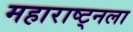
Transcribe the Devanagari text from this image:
महाराष्ट्नला